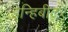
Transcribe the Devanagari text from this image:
इन्हिबीटर